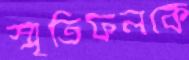
স্মৃতিফলকে